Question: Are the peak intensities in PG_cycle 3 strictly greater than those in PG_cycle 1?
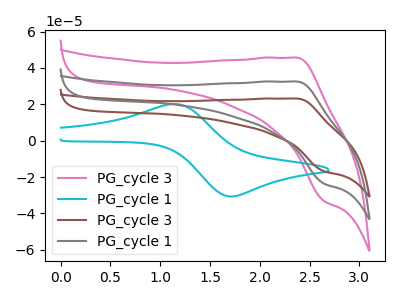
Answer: <think>The pink curve "PG_cycle 3" has an anodic peak at (2.35V, 65.05uA) and a cathodic peak at (2.65V, -47.30uA). The cyan curve "PG_cycle 1" has an anodic peak at (1.15V, 20.15uA) and a cathodic peak at (1.70V, -30.70uA). The brown curve "PG_cycle 3" has an anodic peak at (2.35V, 23.20uA) and a cathodic peak at (2.65V, -16.85uA). The gray curve "PG_cycle 1" has an anodic peak at (2.35V, 32.55uA) and a cathodic peak at (2.65V, -23.65uA).</think>
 <answer>Every peak in "PG_cycle 3" is lower than every peak in "PG_cycle 1".</answer>
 <eval>lower</eval>